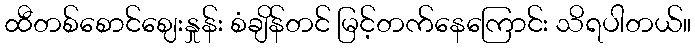
ထီတစ်စောင်ဈေးနှုန်း စံချိန်တင် မြင့်တက်နေကြောင်း သိရပါတယ်။